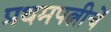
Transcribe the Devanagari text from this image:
प्रथमपत्नीचें